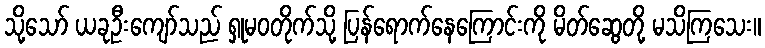
သို့သော် ယခုဦးကျော်သည် ရှုမဝတိုက်သို့ ပြန်ရောက်နေကြောင်းကို မိတ်ဆွေတို့ မသိကြသေး။